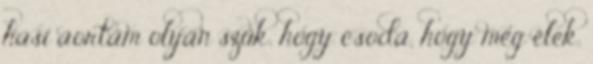
hasi aortám olyan szűk, hogy csoda, hogy még élek.